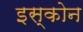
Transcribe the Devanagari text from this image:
इस्कोन